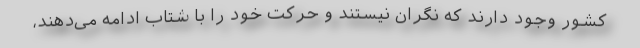
کشور وجود دارند که نگران نیستند و حرکت خود را با شتاب ادامه می‌دهند،